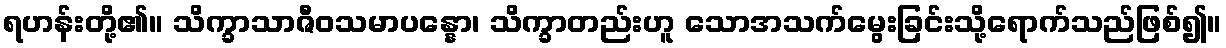
ရဟန်းတို့၏။ သိက္ခာသာဇီဝသမာပန္နော၊ သိက္ခာတည်းဟူ သောအသက်မွေးခြင်းသို့ရောက်သည်ဖြစ်၍။